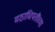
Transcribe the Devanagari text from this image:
मठाधिपतींच्या